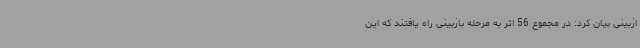
ازبینی بیان کرد: در مجموع 56 اثر به مرحله بازبینی راه یافتند که این